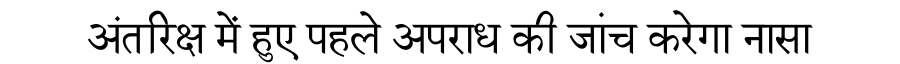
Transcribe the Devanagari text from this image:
अंतरिक्ष में हुए पहले अपराध की जांच करेगा नासा